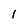
Character: 1